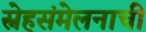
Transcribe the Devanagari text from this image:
स्नेहसंमेलनाची